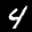
Label: 4